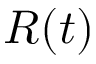
R ( t )